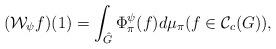
LaTeX: \begin{align*}(\mathcal{W_{\psi}}f)(1)=\int_{\hat{G}}^{}\Phi_{\pi}^{\psi}(f)d\mu_{\pi}( f \in \mathcal{C}_{c}(G)),\end{align*}